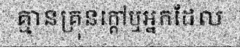
គ្មានគ្រុនក្តៅឬអ្នកដែល